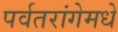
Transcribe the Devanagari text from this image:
पर्वतरांगेमधे